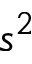
s ^ { 2 }